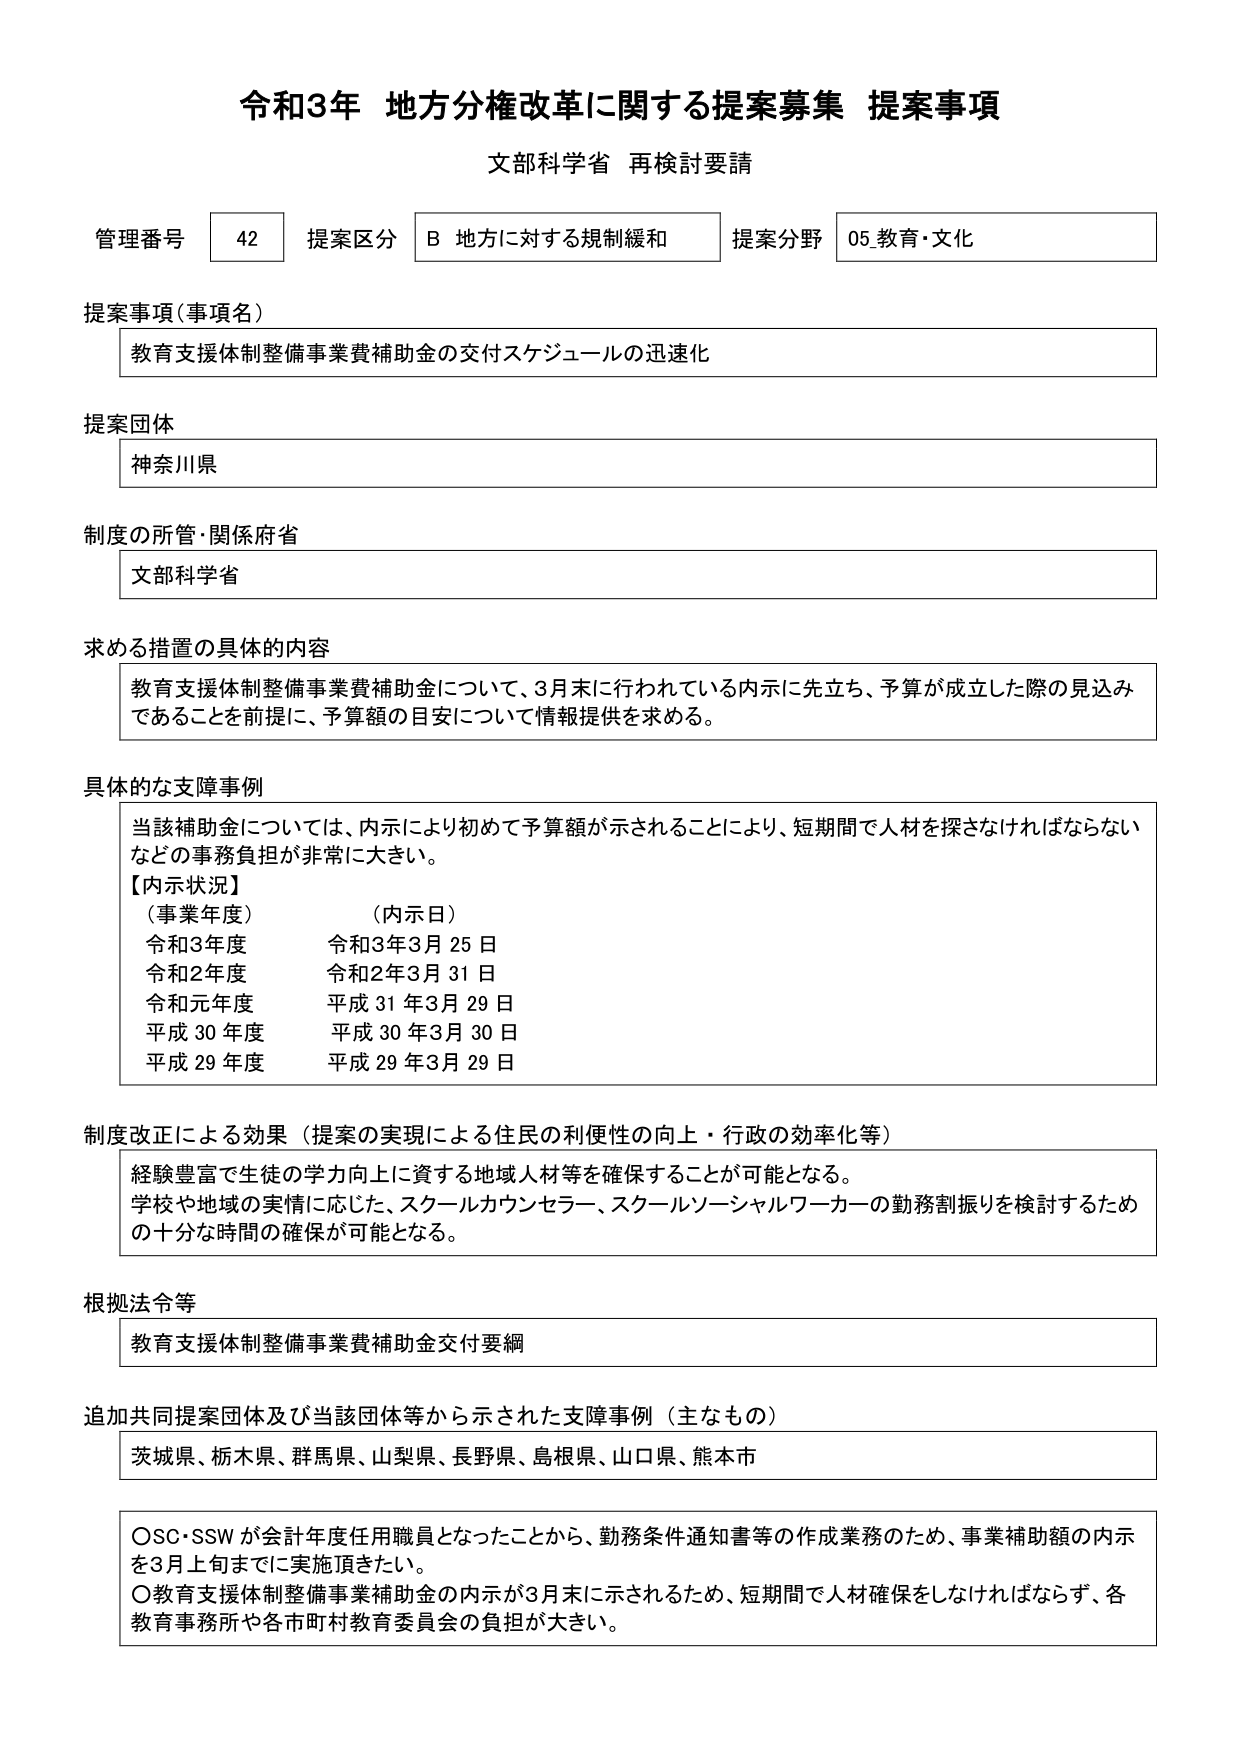
令和3年 地方分権改革に関する提案募集 提案事項
文部科学省 再検討要請

管理番号 42 提案区分 B 地方に対する規制緩和 提案分野 05.教育・文化

提案事項（事項名）
教育支援体制整備事業費補助金の交付スケジュールの迅速化

提案団体
神奈川県

制度の所管・関係府省
文部科学省

求める措置の具体的内容
教育支援体制整備事業費補助金について、3月末に行われている内示に先立ち、予算が成立した際の見込みであることを前提に、予算額の目安について情報提供を求める。

具体的な支障事例
当該補助金については、内示により初めて予算額が示されることにより、短期間で人材を探索なければならないなどの事務負担が非常に大きい。
【内示状況】
（事業年度） （内示日）
令和3年度 令和3年3月25日
令和2年度 令和2年3月31日
令和元年度 平成31年3月29日
平成30年度 平成30年3月30日
平成29年度 平成29年3月29日

制度改正による効果（提案の実現による住民の利便性の向上・行政の効率化等）
経験豊富で生徒の学力向上に資する地域人材等を確保することが可能となる。
学校や地域の実情に応じた、スクールカウンセラー、スクールソーシャルワーカーの勤務割振りを検討するための十分な時間の確保が可能となる。

根拠法令等
教育支援体制整備事業費補助金交付要綱

追加共同提案団体及び当該団体等から示された支障事例（主なもの）
茨城県、栃木県、群馬県、山梨県、長野県、島根県、山口県、熊本市

○SC・SSWが会計年度任用職員となったことから、勤務条件通知書等の作成業務のため、事業補助額の内示を3月上旬までに実施頂きたい。
○教育支援体制整備事業補助金の内示が3月末に示されるため、短期間で人材確保をしなければならず、各教育事務所や各市町村教育委員会の負担が大きい。